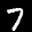
Label: 7